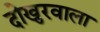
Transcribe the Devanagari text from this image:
दोखुरवाला